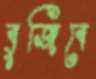
বুজিবে